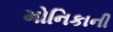
મોનિકાની